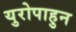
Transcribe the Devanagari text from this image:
युरोपाहुन